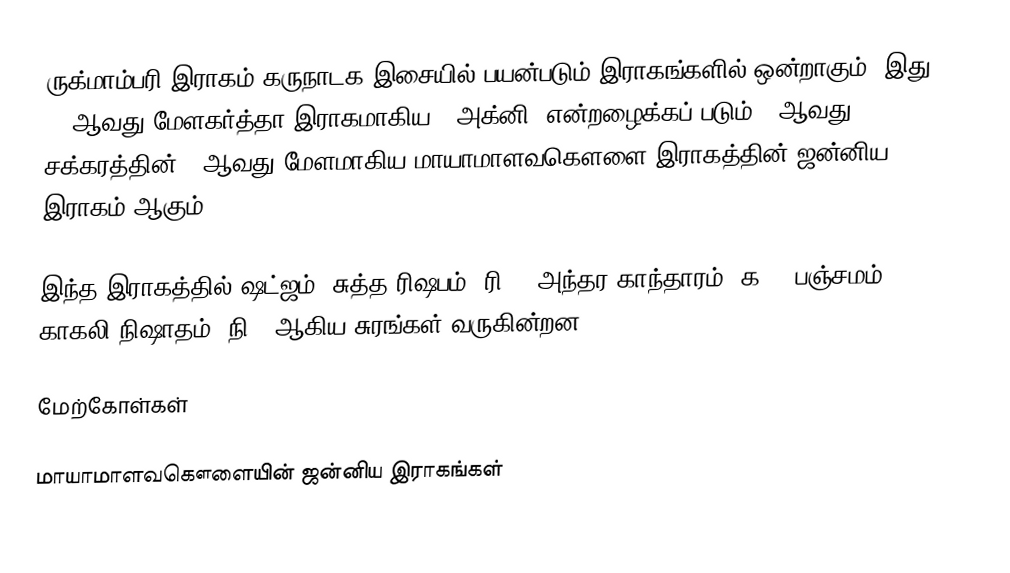
ருக்மாம்பரி இராகம் கருநாடக இசையில் பயன்படும் இராகங்களில் ஒன்றாகும். இது 15 ஆவது மேளகர்த்தா இராகமாகிய, "அக்னி" என்றழைக்கப் படும் 3 ஆவது சக்கரத்தின் 3 ஆவது மேளமாகிய மாயாமாளவகௌளை இராகத்தின் ஜன்னிய இராகம் ஆகும்.

இந்த இராகத்தில் ஷட்ஜம், சுத்த ரிஷபம் (ரி1), அந்தர காந்தாரம் (க3), பஞ்சமம், காகலி நிஷாதம் (நி3) ஆகிய சுரங்கள் வருகின்றன.

மேற்கோள்கள்

மாயாமாளவகௌளையின் ஜன்னிய இராகங்கள்